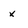
Character: x